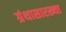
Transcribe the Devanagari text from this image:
ग्रंथासारख्या